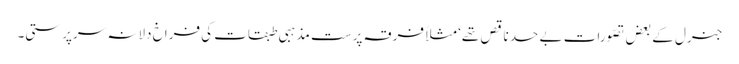
جنرل کے بعض تصّورات بے حد ناقص تھے‘ مثلاً فرقہ پرست مذہبی طبقات کی فراخ دلانہ سرپرستی۔